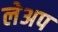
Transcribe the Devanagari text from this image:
लेअप